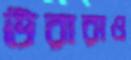
উরারাও